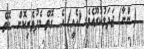
( ންނާ) ޖަދަލުކުރޫއެވެ. (އެއީ) އެ  ގޮތް މެދުވެރިކޮށް  ގޮތް